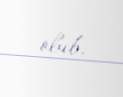
olub.